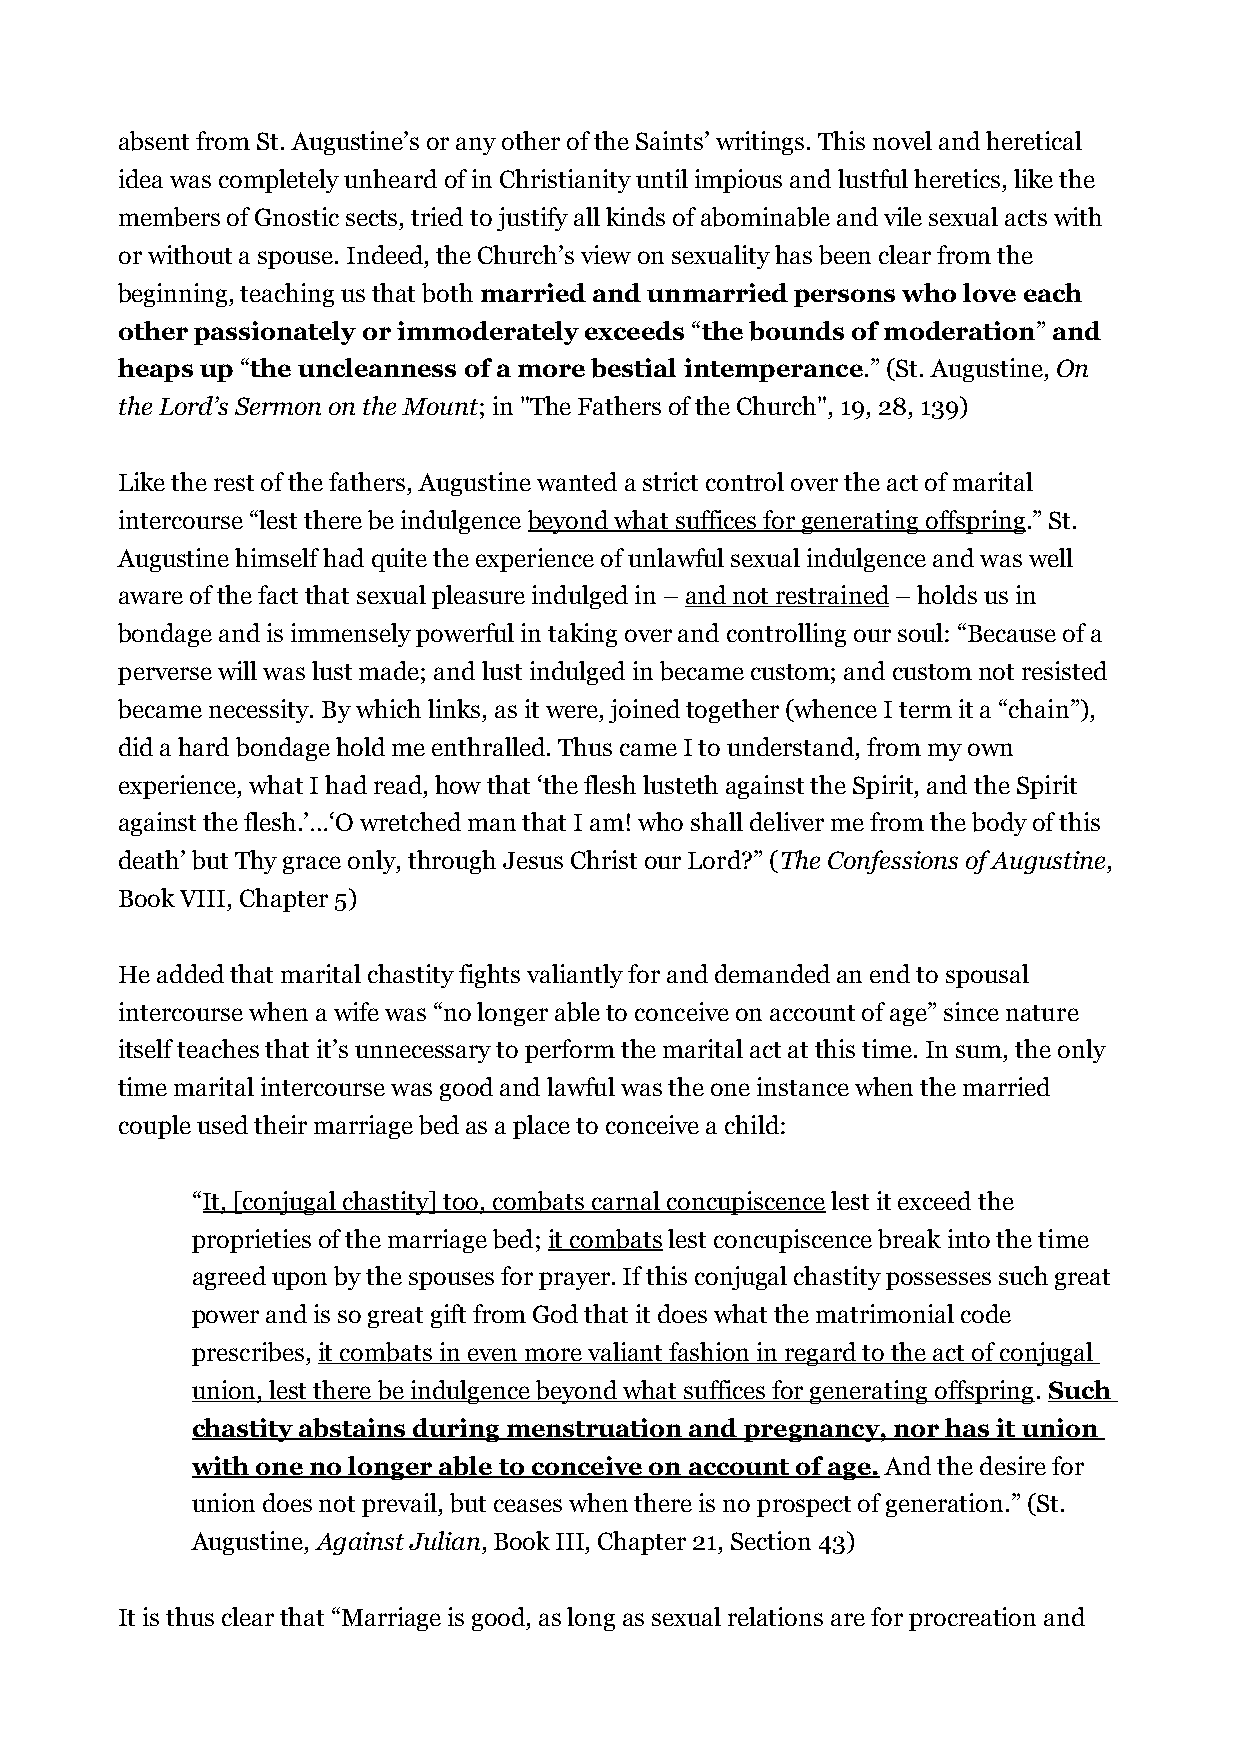
absent from St. Augustine’s or any other of the Saints’ writings. This novel and heretical
 idea was completely unheard of in Christianity until impious and lustful heretics, like the
 members of Gnostic sects, tried to justify all kinds of abominable and vile sexual acts with
 or without a spouse. Indeed, the Church’s view on sexuality has been clear from the
 beginning, teaching us that both married and unmarried persons who love each
 other passionately or immoderately exceeds “the bounds of moderation” and
 heaps up “the uncleanness of a more bestial intemperance.” (St. Augustine, On
 the Lord’s Sermon on the Mount; in "The Fathers of the Church", 19, 28, 139)
 Like the rest of the fathers, Augustine wanted a strict control over the act of marital
 intercourse “lest there be indulgence beyond what suffices for generating offspring.” St.
 Augustine himself had quite the experience of unlawful sexual indulgence and was well
 aware of the fact that sexual pleasure indulged in – and not restrained – holds us in
 bondage and is immensely powerful in taking over and controlling our soul: “Because of a
 perverse will was lust made; and lust indulged in became custom; and custom not resisted
 became necessity. By which links, as it were, joined together (whence I term it a “chain”),
 did a hard bondage hold me enthralled. Thus came I to understand, from my own
 experience, what I had read, how that ‘the flesh lusteth against the Spirit, and the Spirit
 against the flesh.’…‘O wretched man that I am! who shall deliver me from the body of this
 death’ but Thy grace only, through Jesus Christ our Lord?” (The Confessions of Augustine,
 Book VIII, Chapter 5)
 He added that marital chastity fights valiantly for and demanded an end to spousal
 intercourse when a wife was “no longer able to conceive on account of age” since nature
 itself teaches that it’s unnecessary to perform the marital act at this time. In sum, the only
 time marital intercourse was good and lawful was the one instance when the married
 couple used their marriage bed as a place to conceive a child:
 “It, [conjugal chastity] too, combats carnal concupiscence lest it exceed the
 proprieties of the marriage bed; it combats lest concupiscence break into the time
 agreed upon by the spouses for prayer. If this conjugal chastity possesses such great
 power and is so great gift from God that it does what the matrimonial code
 prescribes, it combats in even more valiant fashion in regard to the act of conjugal
 union, lest there be indulgence beyond what suffices for generating offspring. Such
 chastity abstains during menstruation and pregnancy, nor has it union
 with one no longer able to conceive on account of age. And the desire for
 union does not prevail, but ceases when there is no prospect of generation.” (St.
 Augustine, Against Julian, Book III, Chapter 21, Section 43)
 It is thus clear that “Marriage is good, as long as sexual relations are for procreation and